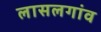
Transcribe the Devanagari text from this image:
लासलगांव